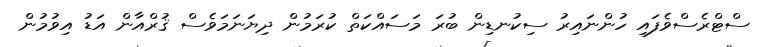
ސްޓްރެސްވެފައި ހުންނައިރު ސިކުނޑިން ބުރަ މަސައްކަތް ކުރަމުން ދިޔަނަމަވެސް ޤުރްއާން އަޑު އިވުމުން